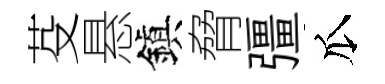
芟悬鎭脅彊瓜